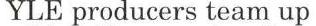
YLE producers team up